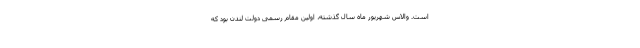
است. والاس شهریور ماه سال گذشته، اولین مقام رسمی دولت لندن بود که